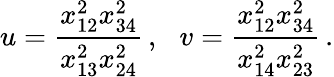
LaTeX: u=\frac{x_{12}^{2}x_{34}^{2}}{x_{13}^{2}x_{24}^{2}}\, ,\, \, \, \, v=\frac{x_{12}^{2}x_{34}^{2}}{x_{14}^{2}x_{23}^{2}}\, .